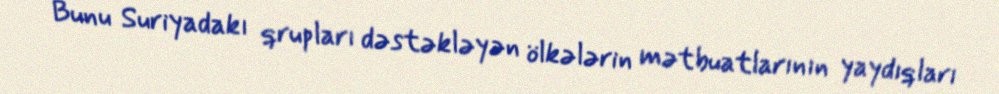
Bunu Suriyadakı qrupları dəstəkləyən ölkələrin mətbuatlarının yaydıqları